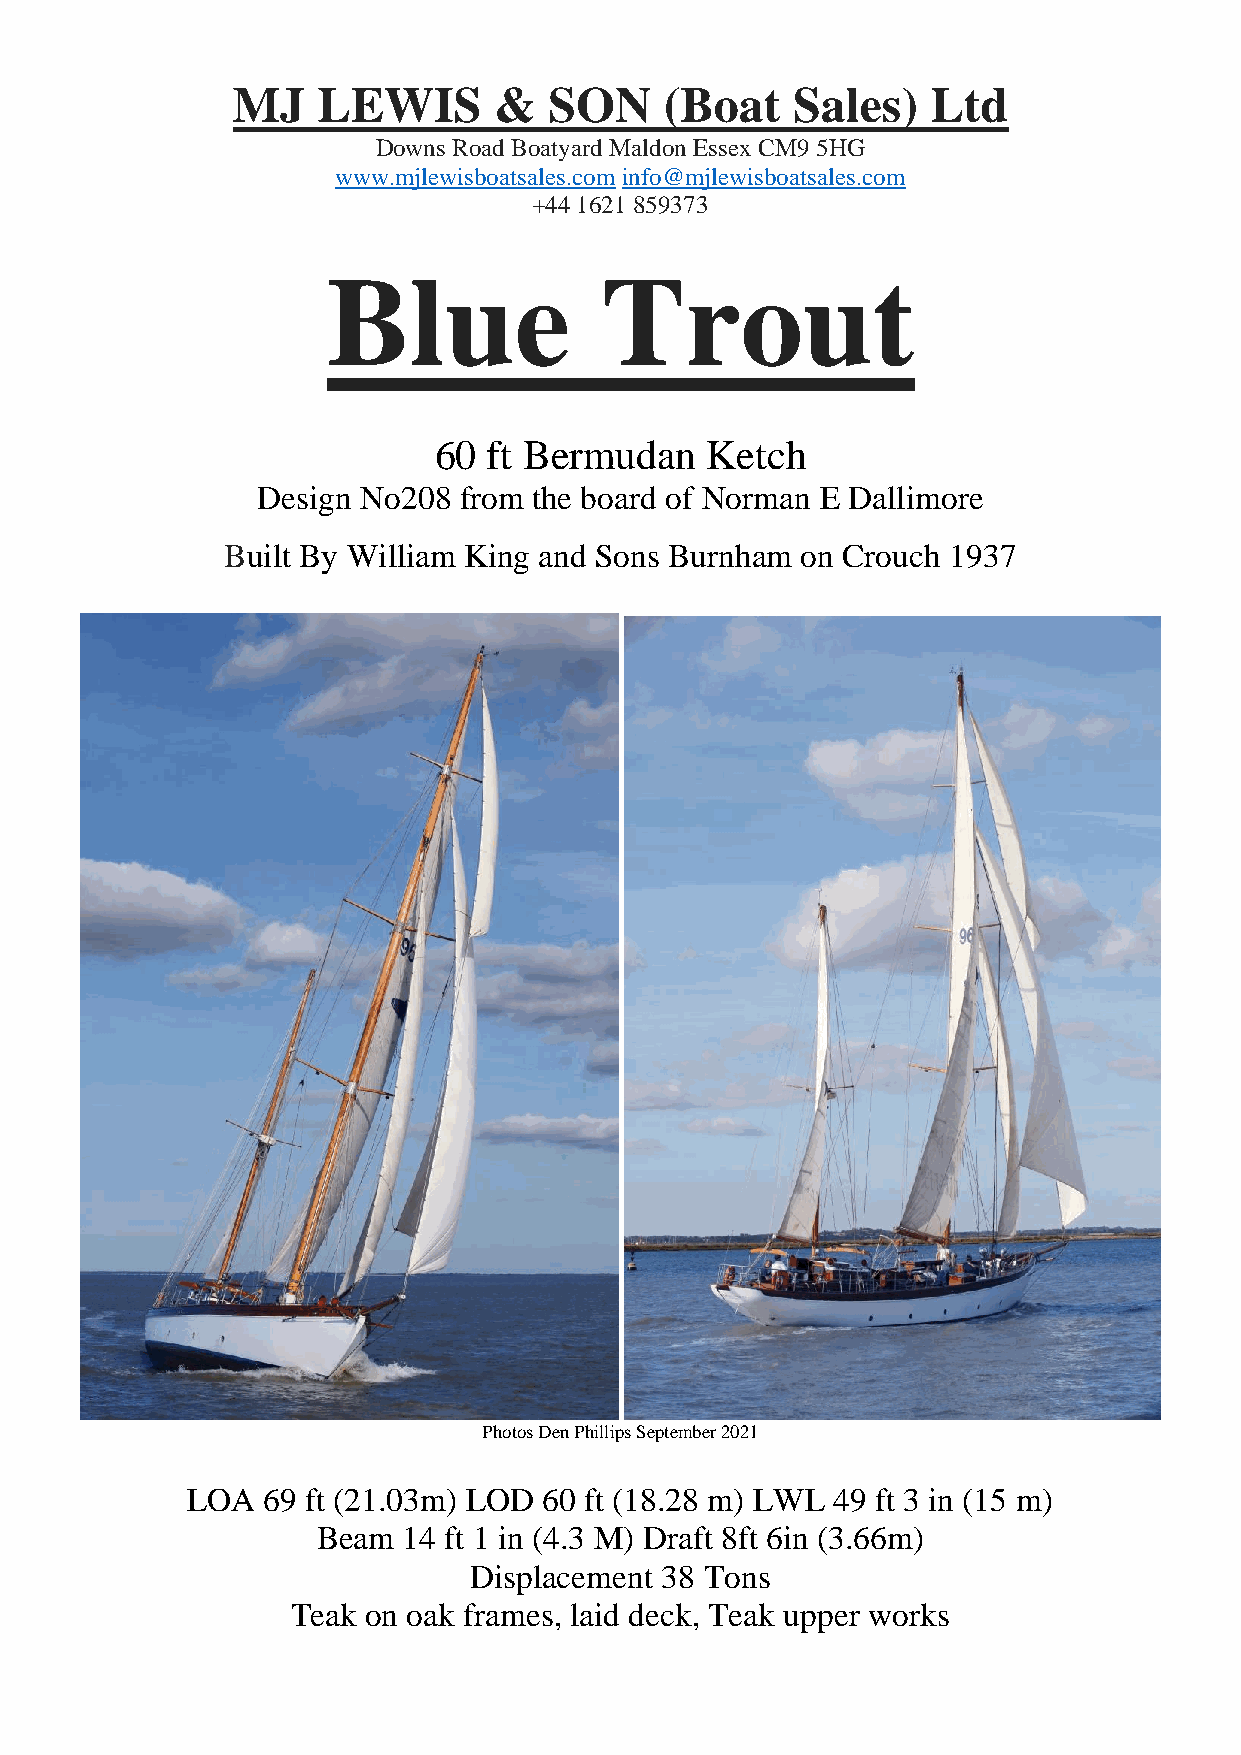
MJ    LEWIS       &  SON     (Boat   Sales)    Ltd
 Downs Road Boatyard Maldon Essex CM9 5HG
 www.mjlewisboatsales.com info@mjlewisboatsales.com
 +44 1621 859373
 Blue              Trout
 60 ft Bermudan    Ketch
 Design No208 from the board of Norman E Dallimore
 Built By William King and Sons Burnham on Crouch 1937
 Photos Den Phillips September 2021
 LOA  69 ft (21.03m) LOD 60 ft (18.28 m) LWL 49 ft 3 in (15 m)
 Beam  14 ft 1 in (4.3 M) Draft 8ft 6in (3.66m)
 Displacement 38 Tons
 Teak on oak frames, laid deck, Teak upper works